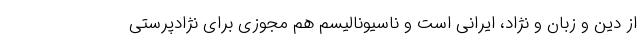
از دین و زبان و نژاد، ایرانی است و ناسیونالیسم هم مجوزی برای نژادپرستی